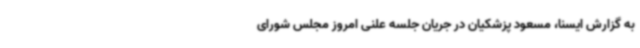
به گزارش ایسنا، مسعود پزشکیان در جریان جلسه علنی امروز مجلس شورای